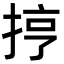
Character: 㧸